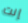
إنت